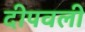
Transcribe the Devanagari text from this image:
दीपवली